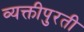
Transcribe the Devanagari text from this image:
व्यक्तीपुरती